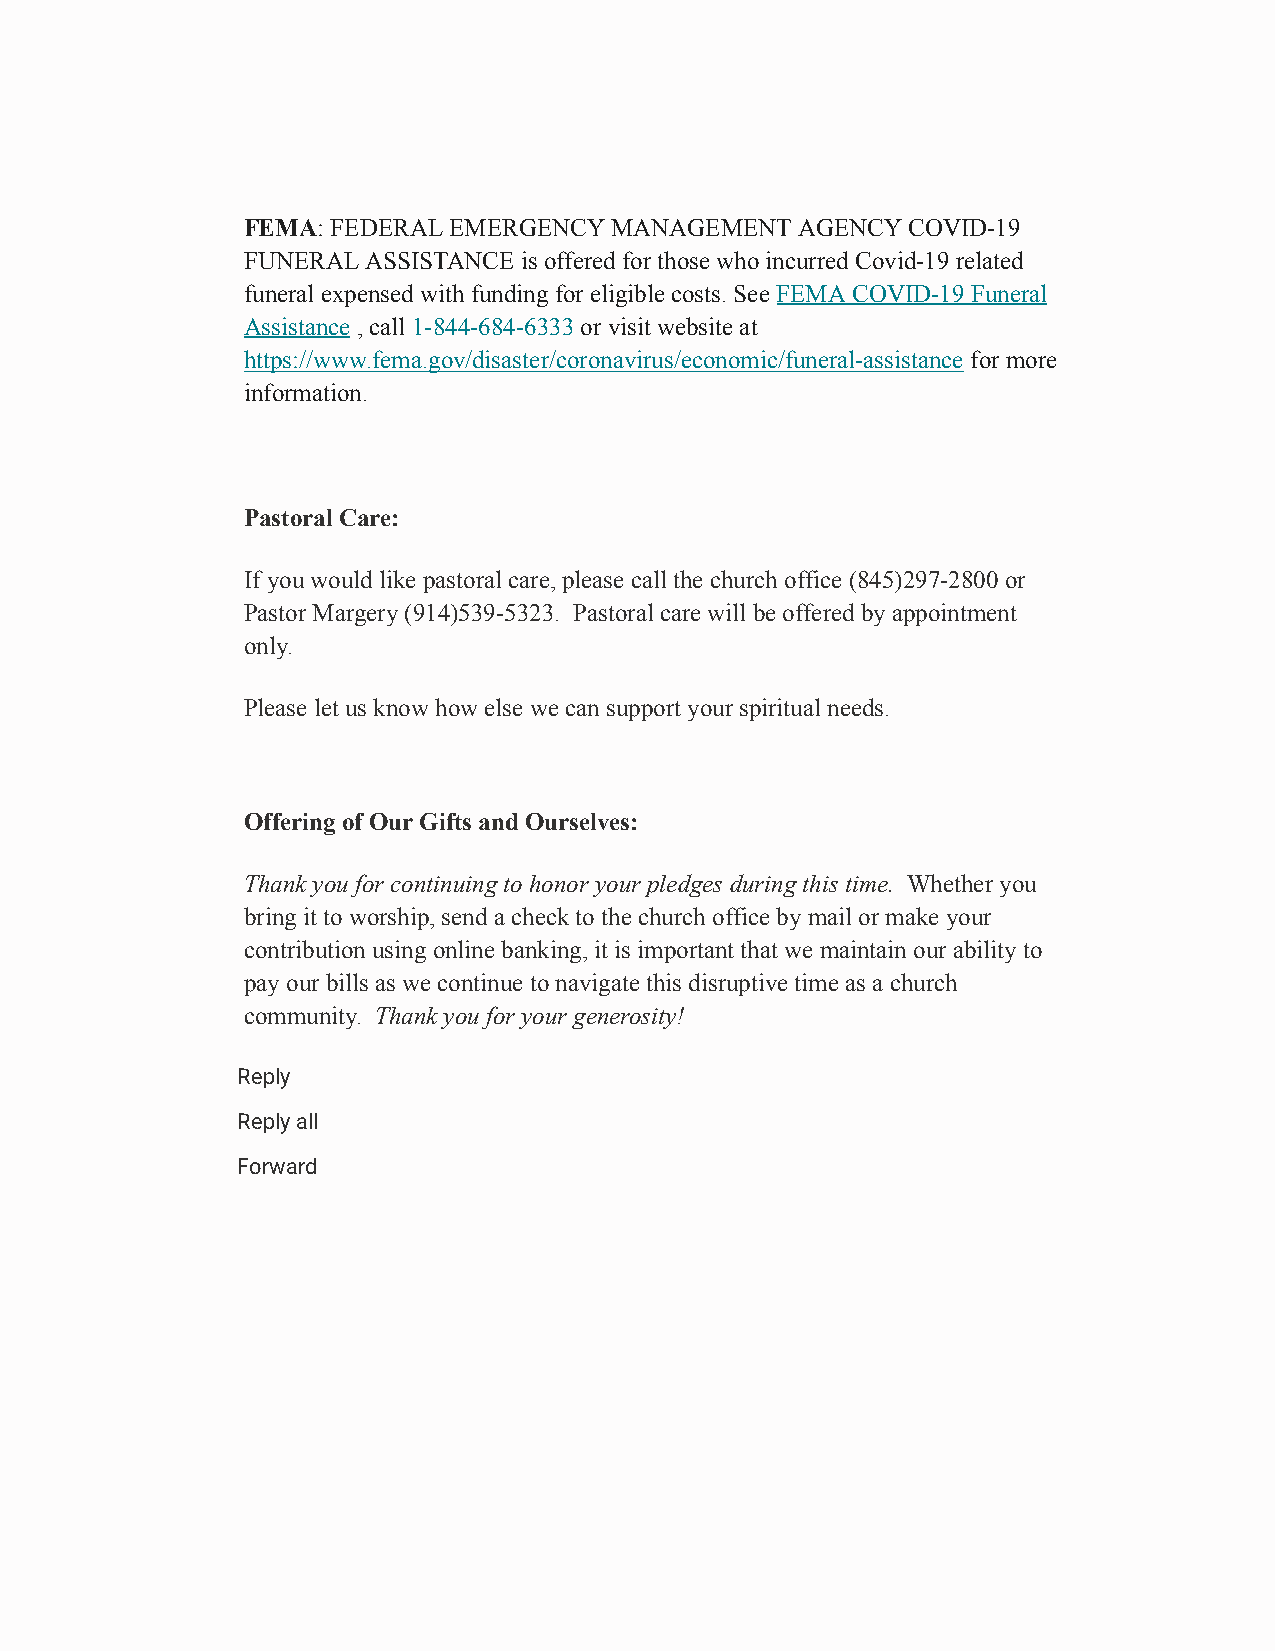
FEMA : FEDERAL EMERGENCY MANAGEMENT  AGENCY COVID-19
 FUNERAL ASSISTANCE is offered for those who incurred Covid-19 related
 funeral expensed with funding for eligible costs. See FEMA COVID-19 Funeral
 Assistance , call 1-844-684-6333 or visit website at
 https://www.fema.gov/disaster/coronavirus/economic/funeral-assistance for more
 information.
 Pastoral Care:
 If you would like pastoral care, please call the church office (845)297-2800 or
 Pastor Margery (914)539-5323. Pastoral care will be offered by appointment
 only.
 Please let us know how else we can support your spiritual needs.
 Offering of Our Gifts and Ourselves:
 Thank you for continuing to honor your pledges during this time. Whether you
 bring it to worship, send a check to the church office by mail or make your
 contribution using online banking, it is important that we maintain our ability to
 pay our bills as we continue to navigate this disruptive time as a church
 community. Thank you for your generosity!
 Reply
 Reply all
 Forward